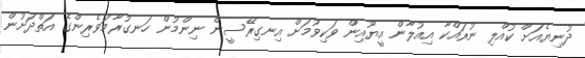
ދުނިޔެއަށް ކުއްލި ނުރައްކާ އިއުލާން އީޔޫއިން ވަކިވުމަށް އިނގިރޭސީން ނިންމުން ހަނގުރާމަވެރިންގެ އަތްދަށުން